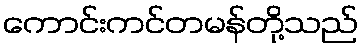
ကောင်းကင်တမန်တို့သည်